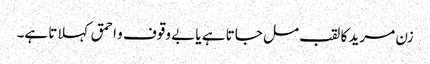
زن مرید کا لقب مل جاتا ہے یا بے وقوف و احمق کہلاتا ہے۔